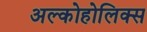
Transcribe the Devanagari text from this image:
अल्कोहोलिक्स